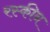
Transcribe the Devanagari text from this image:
रस्कीन